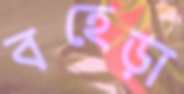
বহেড়া